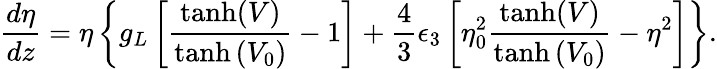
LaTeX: \frac{d\eta}{dz}=\eta\left\lbrace g_{L}\left[\frac{\operatorname{tanh}(V)}{\operatorname{tanh}\left(V_{0}\right)}-1\right]+\frac{4}{3}\epsilon_{3}\left[\eta_{0}^{2}\frac{\operatorname{tanh}(V)}{\operatorname{tanh}\left(V_{0}\right)}-\eta^{2}\right]\right\rbrace.